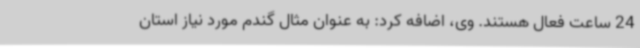
24 ساعت فعال هستند. وی، اضافه کرد: به عنوان مثال گندم مورد نیاز استان